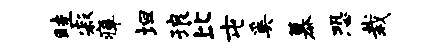
畦寂瘴坦琅比屯奚慕恐栽